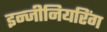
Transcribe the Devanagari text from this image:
इन्‍जीनियरिंग